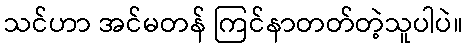
သင်ဟာ အင်မတန် ကြင်နာတတ်တဲ့သူပါပဲ။